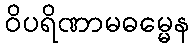
ဝိပရိဏာမဓမ္မေန